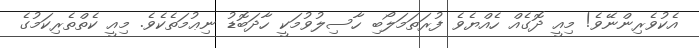
އެކުވެރިންނޭވެ! މިއީ ދޮގެއް ހެއްޔެވެ ފުރަތަމަލޯބި ހާސިލުވުމަކީ ހާދަބޮޑު ނިޢުމަތެކެވެ. މިއީ ކެތްތެރިކަމުގެ